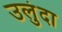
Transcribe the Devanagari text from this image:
उलुंदा